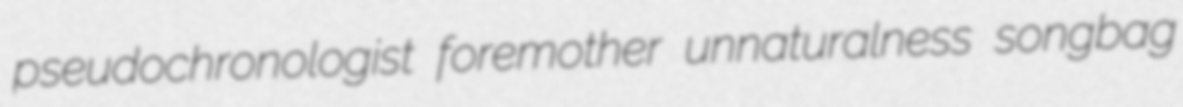
pseudochronologist foremother unnaturalness songbag